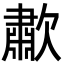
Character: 歗